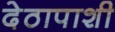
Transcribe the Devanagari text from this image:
देठापाशी